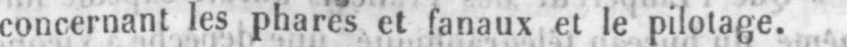
concernant les phares et fanaux et le pilotage.